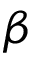
\beta